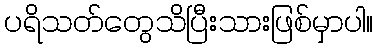
ပရိသတ်တွေသိပြီးသားဖြစ်မှာပါ။